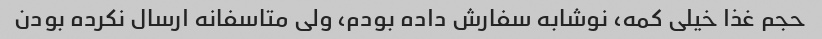
حجم غذا خیلی کمه، نوشابه سفارش داده بودم، ولی متاسفانه ارسال نکرده بودن